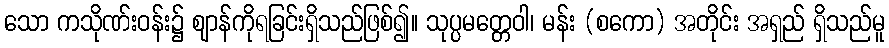
သော ကသိုဏ်းဝန်း၌ ဈာန်ကိုရခြင်းရှိသည်ဖြစ်၍။ သုပ္ပမတ္တေဝါ၊ မန်း (စကော) အတိုင်း အရှည် ရှိသည်မူ